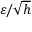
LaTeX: \varepsilon / { \sqrt { h } }